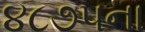
૪૮૭૫ના